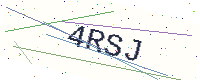
Text: 4RSJ